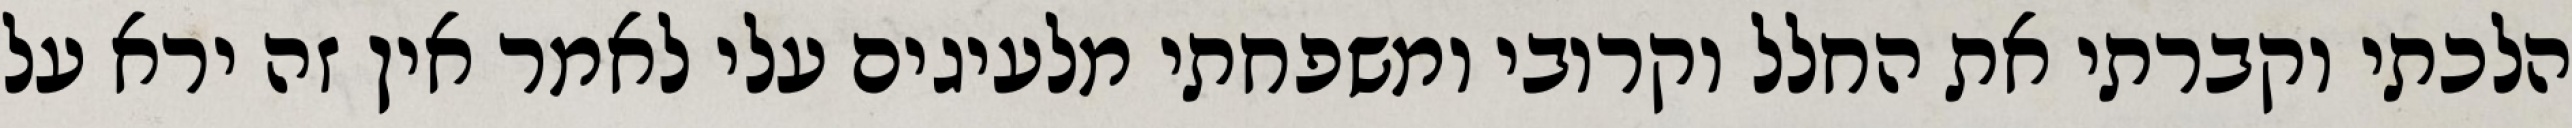
הלכתי וקברתי את החלל וקרובי ומשפחתי מלעיגים עלי לאמר אין זה ירא על